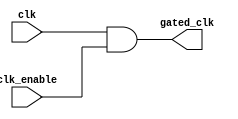
module MemoryBlockClockGating (
    input wire clk,            // Primary clock signal
    input wire clk_enable,     // Clock enable signal
    output wire gated_clk      // Gated clock signal for memory blocks
);

// AND gate to combine primary clock and clock enable signal
assign gated_clk = clk & clk_enable;

endmodule